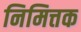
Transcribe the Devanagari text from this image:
निमित्तक